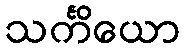
သင်္ကိယော